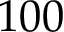
1 0 0